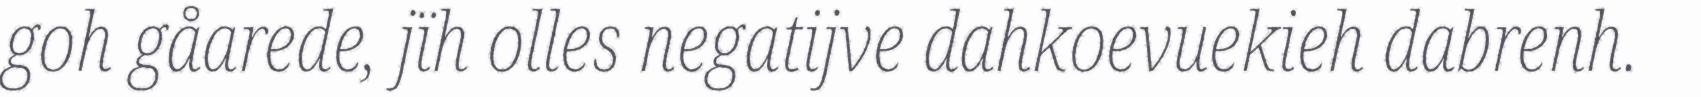
goh gåarede, jïh olles negatijve dahkoevuekieh dabrenh.